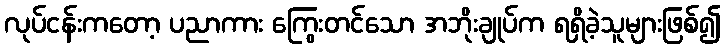
လုပ်ငန်းကတော့ ပညာကား ကြွေးတင်သော အဘိုးချုပ်က ရရှိခဲ့သူများဖြစ်၍